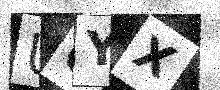
Text: UOYX